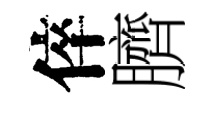
倅臍